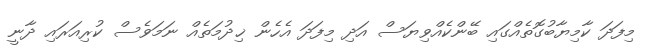
މިފަދަ ކާމިޔާބުގޮތެއްގައި ބޭންކެއްވިޔަސް އަދި މިފަދަ އެހެން ޚިދުމަތެއް ނަމަވެސް ކުރިއަރައި ދާނީ